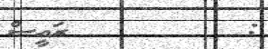
:         ރައީސް